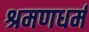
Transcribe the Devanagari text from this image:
श्रमणधर्म